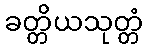
ခတ္တိယသုတ္တံ